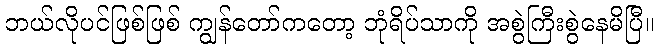
ဘယ်လိုပင်ဖြစ်ဖြစ် ကျွန်တော်ကတော့ ဘုံရိပ်သာကို အစွဲကြီးစွဲနေမိပြီ။